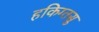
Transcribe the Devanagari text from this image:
हकिग्तसु